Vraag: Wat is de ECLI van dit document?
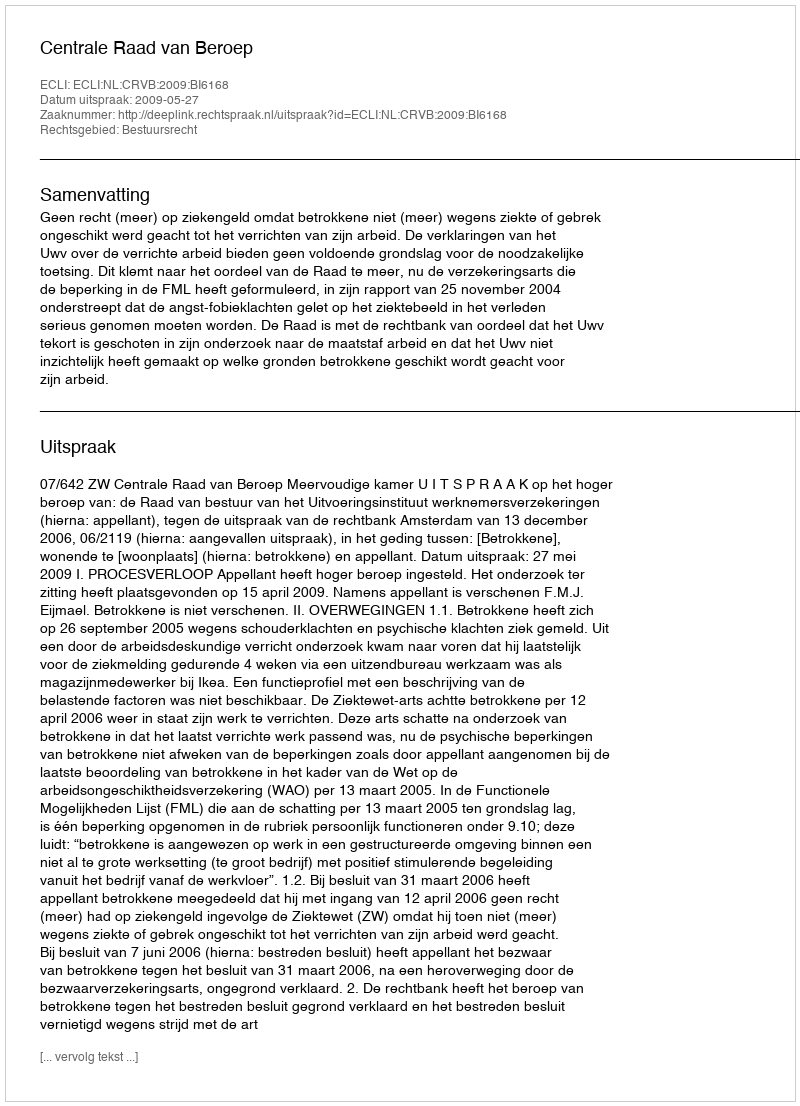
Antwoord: ECLI:NL:CRVB:2009:BI6168